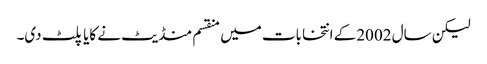
لیکن سال 2002کے انتخابات میں منقسم منڈیٹ نے کایا پلٹ دی۔